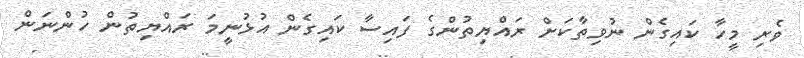
ވެރި މީހާ ކައިގެން ނުވިތާކަށް ރައްޔިތުންގެ ފައިސާ ކައިގެން އުޅުނީމަ ރައްޔިތުން ހުންނަން